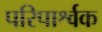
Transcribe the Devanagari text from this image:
परिपार्श्वक